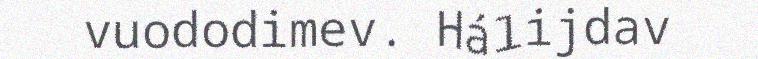
vuododimev. Hálijdav